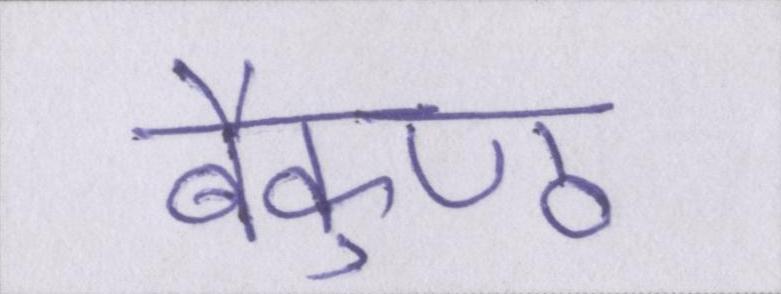
बैकुण्ठ